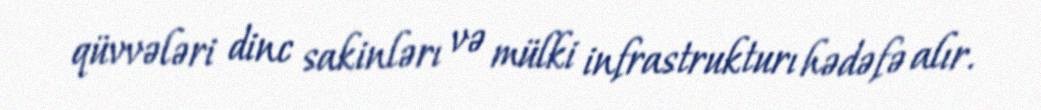
qüvvələri dinc sakinlərı və mülki infrastrukturı hədəfə alır.